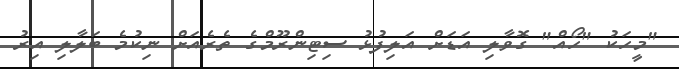
"މީހަކު "ހޯއް" ގޮވާލި އަޑަށް އަލިފުޅު ސިޓިންރޫމްގެ ތެރެއަށް ނިކުމެ ބަލާލި އިރު